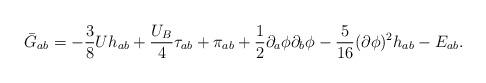
LaTeX: \begin{align*}\bar G_{ab}= -\frac{3}{8}Uh_{ab}+\frac{U_B}{4}\tau_{ab}+\pi_{ab}+\frac{1}{2}\partial_a \phi \partial_b\phi -\frac{5}{16}(\partial\phi)^2 h_{ab}-E_{ab}.\end{align*}